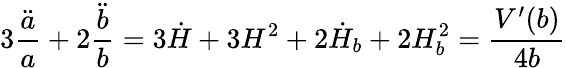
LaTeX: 3\frac{\ddot{a}}{a}+2\frac{\ddot{b}}{b}=3\dot{H}+3H^{2}+2\dot{H}_{b}+2H_{b}^{2}=\frac{V^{\prime}(b)}{4b}